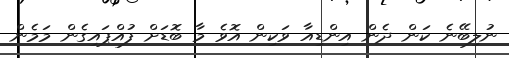
ނުލިބޭނެ ކަން ދެން އިންޑިއާ ވަކިން އޮވެ މާ ބޮޑަށް ފުއްޕައިގެން މަމެން